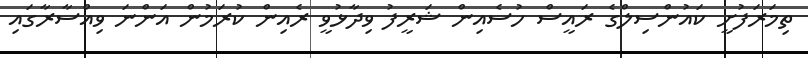
ތިމަރަފުށީ ކައުންސިލްގެ ރައީސް ހުސެއިން ޝަރީފު ވިދާޅުވީ ރެއިން ކުރަމުން އަންނަ ވިއްސާރާގައި